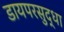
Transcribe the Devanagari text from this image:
डायपरसुद्धा